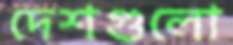
দেশগুলো